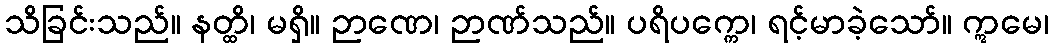
သိခြင်းသည်။ နတ္ထိ၊ မရှိ။ ဉာဏေ၊ ဉာဏ်သည်။ ပရိပက္ကေ၊ ရင့်မာခဲ့သော်။ ဣမေ၊